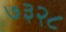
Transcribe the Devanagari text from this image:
७३२८